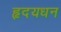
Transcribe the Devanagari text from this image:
हृदयधन